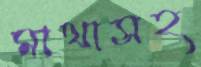
মাথাসহ